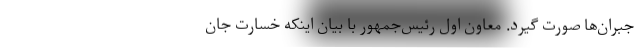
جبران‌ها صورت گیرد. معاون اول رئیس‌جمهور با بیان اینکه خسارت جان